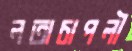
লতাচাপলী